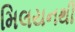
મિલયનથી